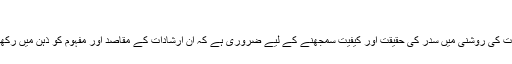
”
قرآنی آیات کی روشنی میں سدر کی حقیقت اور کیفیت سمجھنے کے لیے ضروری ہے کہ ان ارشادات کے مقاصد اور مفہوم کو ذہن میں رکھا جائے ۔